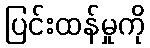
ပြင်းထန်မှုကို